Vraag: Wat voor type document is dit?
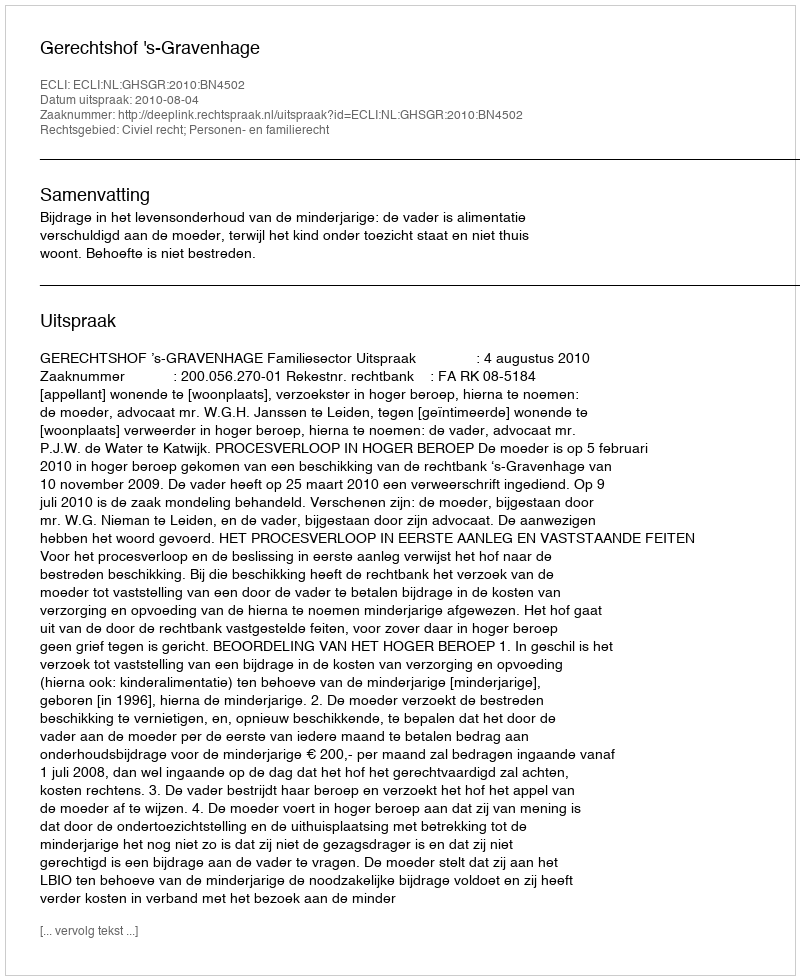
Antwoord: Uitspraak